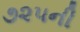
૭૨૫ની